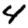
Digit: 4